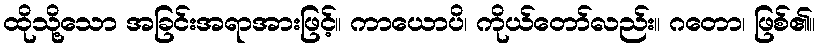
ထိုသို့သော အခြင်းအရာအားဖြင့်။ ကာယောပိ၊ ကိုယ်တော်လည်း။ ဂတော၊ ဖြစ်၏။